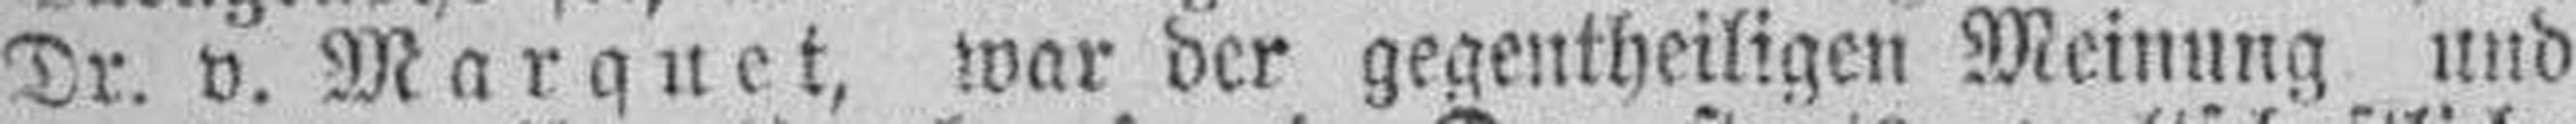
Dr. v. Marquet, war der gegentheiligen Meinung und